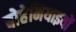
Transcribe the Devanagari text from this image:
बोहेमियाइयों